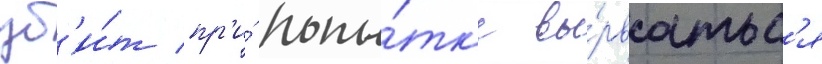
уб'и́т пр'и́ попы́тк'е вы́рватьс'я